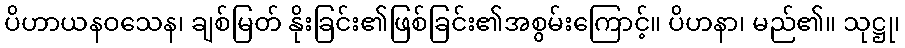
ပိဟာယနဝသေန၊ ချစ်မြတ် နိုးခြင်း၏ဖြစ်ခြင်း၏အစွမ်းကြောင့်။ ပိဟနာ၊ မည်၏။ သုဋ္ဌု၊